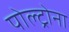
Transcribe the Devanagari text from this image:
पोल्ट्रोना